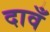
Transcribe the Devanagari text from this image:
दावँ